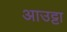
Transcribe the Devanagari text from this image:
आउट्टा